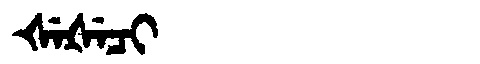
Manchu: ᡧᡝᡧᡝᠴᡳ
Romanization: ŠEŠECI